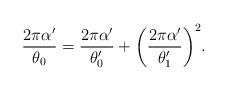
LaTeX: \begin{align*} \frac{2\pi\alpha^{\prime}}{\theta_0}=\frac{2\pi\alpha^{\prime}}{\theta_{0}^{\prime}}+ \biggl(\frac{2\pi\alpha^{\prime}}{\theta^{\prime}_1}\biggr)^2.\end{align*}